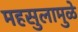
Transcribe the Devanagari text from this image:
महसुलामुळे